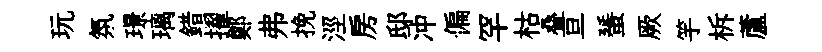
玩氛璟璃錯擢鄭弗挽涇房邸冲偏罕枯叠亘蜑厥竽柝蘆